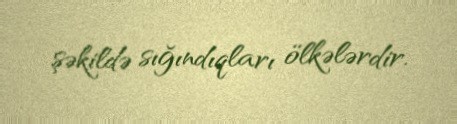
şəkildə sığındıqları ölkələrdir.